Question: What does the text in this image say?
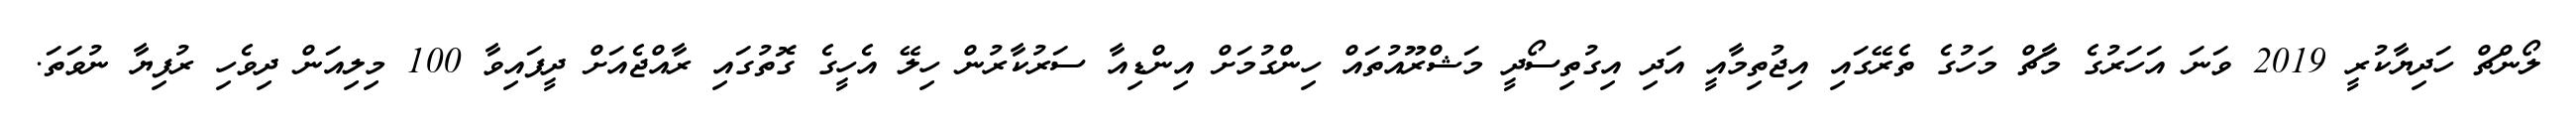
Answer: ލޯންޗް ހަދިޔާކުރީ 2019 ވަނަ އަހަރުގެ މާޗް މަހުގެ ތެރޭގައި އިޖުތިމާއީ އަދި އިގުތިސޯދީ މަޝްރޫއުތައް ހިންގުމަށް އިންޑިއާ ސަރުކާރުން ހިލޭ އެހީގެ ގޮތުގައި ރާއްޖެއަށް ދީފައިވާ 100 މިލިއަން ދިވެހި ރުފިޔާ ނުވަތަ.